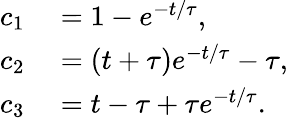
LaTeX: \begin{array}{rl}{c_{1}}&{{}=1-e^{-t/\tau},}\\ {c_{2}}&{{}=\left(t+\tau\right)e^{-t/\tau}-\tau,}\\ {c_{3}}&{{}=t-\tau+\tau e^{-t/\tau}.}\end{array}